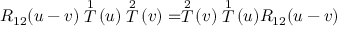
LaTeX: R _ { 1 2 } ( u - v ) \stackrel { 1 } { T } ( u ) \stackrel { 2 } { T } ( v ) = \stackrel { 2 } { T } ( v ) \stackrel { 1 } { T } ( u ) R _ { 1 2 } ( u - v )